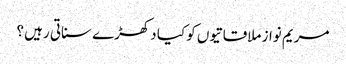
مریم نواز ملاقاتیوں کو کیا دکھڑے سناتی رہیں ؟